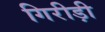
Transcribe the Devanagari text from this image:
गिरीड़ी